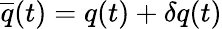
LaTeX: \overline{{{q}}}(t)=q(t)+\delta q(t)